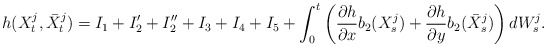
\begin{align*}h(X^j_t,\bar{X}^j_t) = I_1 + I_2' + I_2'' + I_3 + I_4 + I_5 + \int_0^t \left( \frac{\partial h}{\partial x}b_2(X^j_s) + \frac{\partial h}{\partial y}b_2(\bar{X}^j_s)\right)dW^j_s. \end{align*}